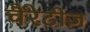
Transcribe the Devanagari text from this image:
चैरेटीज़